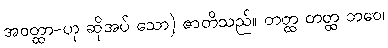
အဝတ္ထာ-ဟု ဆိုအပ် သော) ဇာတိသည်။ တတ္ထ တတ္ထ ဘဝေ၊